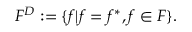
{ \cal F } ^ { D } : = \{ f | f = f ^ { * } , f \in { \cal F } \} .